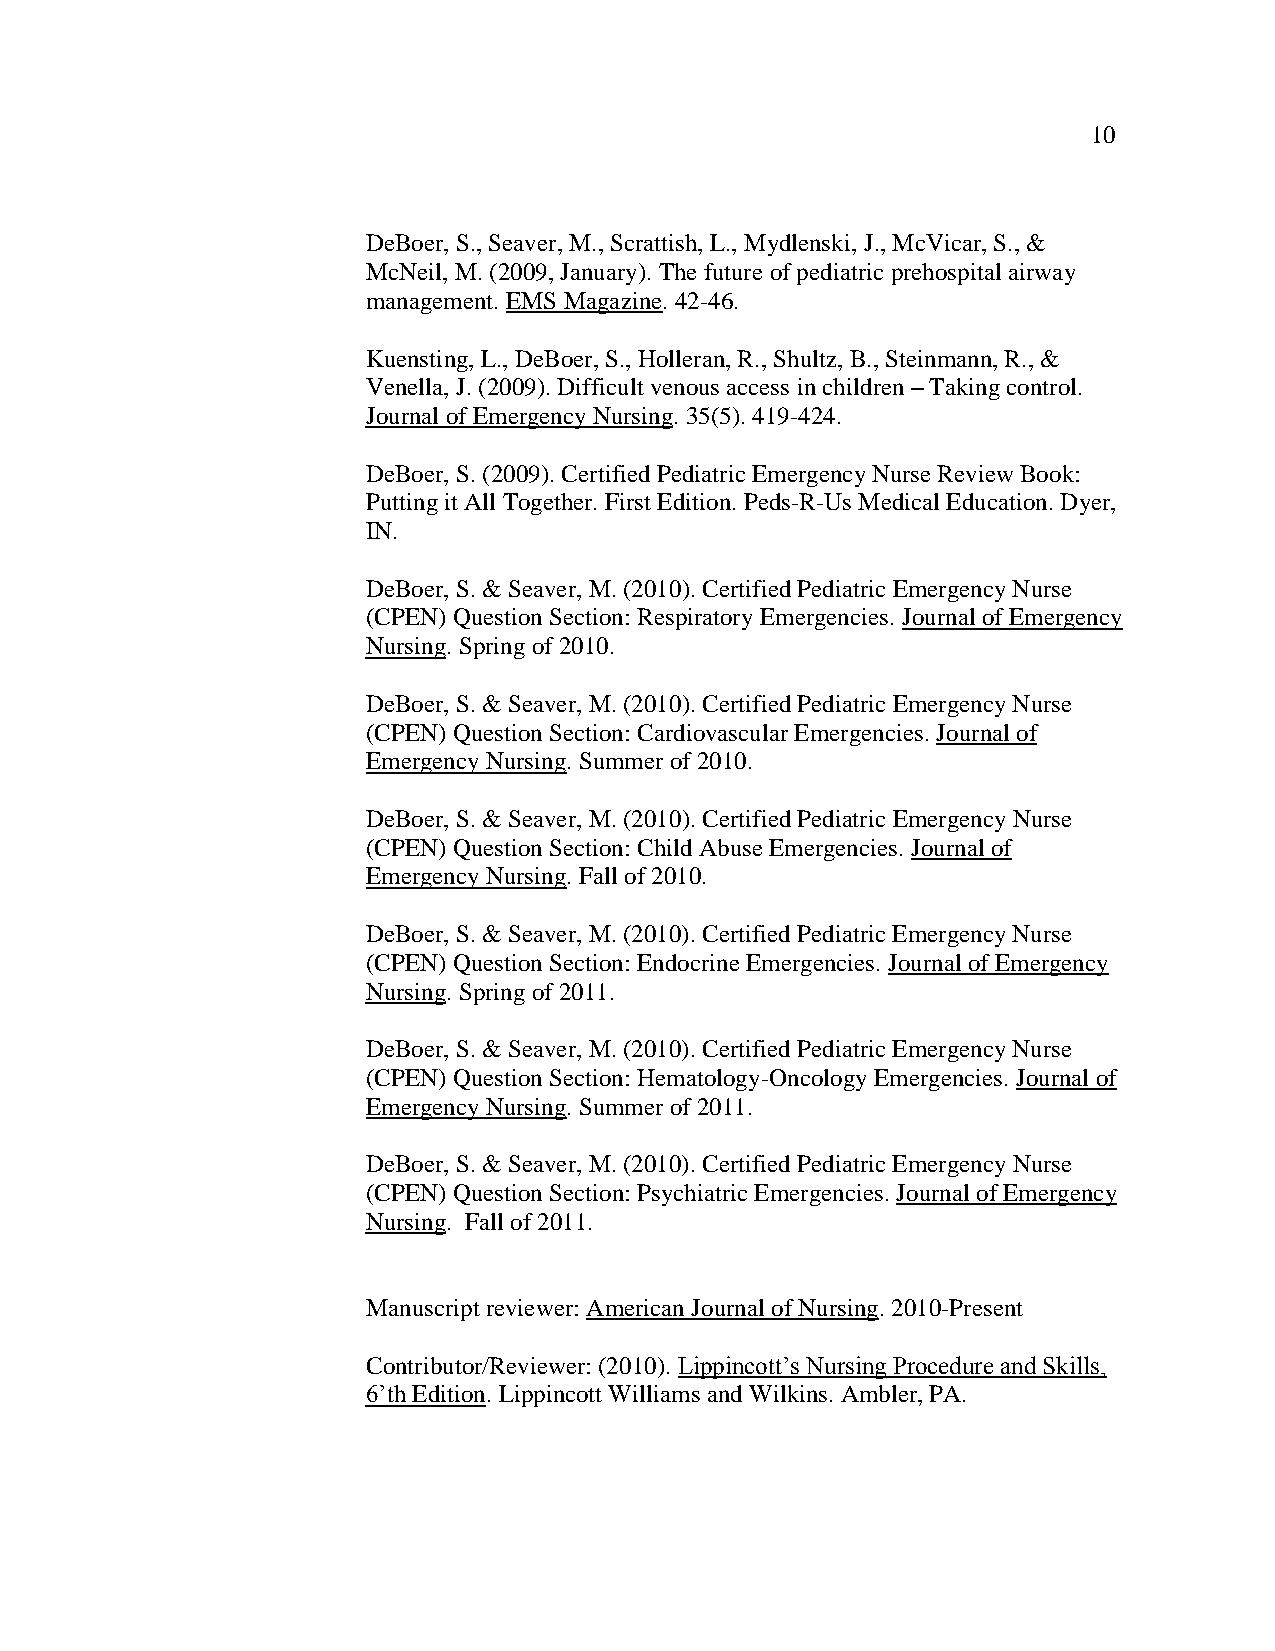
10
 DeBoer, S., Seaver, M., Scrattish, L., Mydlenski, J., McVicar, S., &
 McNeil, M. (2009, January). The future of pediatric prehospital airway
 management. EMS Magazine. 42-46.
 Kuensting, L., DeBoer, S., Holleran, R., Shultz, B., Steinmann, R., &
 Venella, J. (2009). Difficult venous access in children – Taking control.
 Journal of Emergency Nursing. 35(5). 419-424.
 DeBoer, S. (2009). Certified Pediatric Emergency Nurse Review Book:
 Putting it All Together. First Edition. Peds-R-Us Medical Education. Dyer,
 IN.
 DeBoer, S. & Seaver, M. (2010). Certified Pediatric Emergency Nurse
 (CPEN) Question Section: Respiratory Emergencies. Journal of Emergency
 Nursing. Spring of 2010.
 DeBoer, S. & Seaver, M. (2010). Certified Pediatric Emergency Nurse
 (CPEN) Question Section: Cardiovascular Emergencies. Journal of
 Emergency Nursing. Summer of 2010.
 DeBoer, S. & Seaver, M. (2010). Certified Pediatric Emergency Nurse
 (CPEN) Question Section: Child Abuse Emergencies. Journal of
 Emergency Nursing. Fall of 2010.
 DeBoer, S. & Seaver, M. (2010). Certified Pediatric Emergency Nurse
 (CPEN) Question Section: Endocrine Emergencies. Journal of Emergency
 Nursing. Spring of 2011.
 DeBoer, S. & Seaver, M. (2010). Certified Pediatric Emergency Nurse
 (CPEN) Question Section: Hematology-Oncology Emergencies. Journal of
 Emergency Nursing. Summer of 2011.
 DeBoer, S. & Seaver, M. (2010). Certified Pediatric Emergency Nurse
 (CPEN) Question Section: Psychiatric Emergencies. Journal of Emergency
 Nursing. Fall of 2011.
 Manuscript reviewer: American Journal of Nursing. 2010-Present
 Contributor/Reviewer: (2010). Lippincott’s Nursing Procedure and Skills,
 6’th Edition. Lippincott Williams and Wilkins. Ambler, PA.